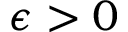
\epsilon > 0